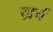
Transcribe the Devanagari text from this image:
ख्रर्च